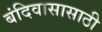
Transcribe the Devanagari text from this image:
बंदिवासासाठी